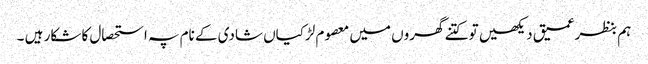
ہم بنظرعمیق دیکھیں تو کتنے گھروں میں معصوم لڑکیاں شادی کے نام پہ استحصال کا شکار ہیں ۔